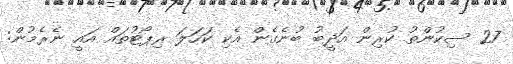
27 ސިކުންތު ކުރިން އަދީބު ބުނެގެން އެކި ކަހަލަ ރިޕޯޓުތައް އައީ ނެރެމުން: